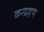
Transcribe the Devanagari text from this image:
करग्रहण